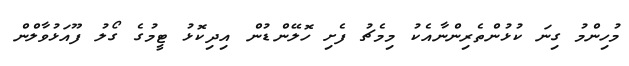
މުހިންމު ގިނަ ކުޅުންތެރިންނާއެކު މިމެޗު ފެށި ހޮލޭންޑުން އިދިކޮޅު ޓީމުގެ ގޯލު ފޫއަޅުވާލްން